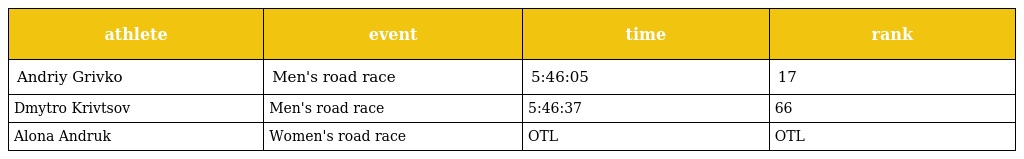
| athlete | event | time | rank |
 | --- | --- | --- | --- |
 | Andriy Grivko | Men's road race | 5:46:05 | 17 |
 | Dmytro Krivtsov | Men's road race | 5:46:37 | 66 |
 | Alona Andruk | Women's road race | OTL | OTL |